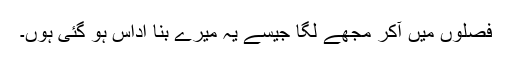
فصلوں میں آکر مجھے لگا جیسے یہ میرے بنا اداس ہو گئی ہوں۔